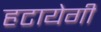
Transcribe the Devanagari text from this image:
हटायेगी